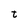
Character: t